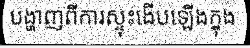
បង្ហាញពីការស្ទុះងើបឡើងក្នុង